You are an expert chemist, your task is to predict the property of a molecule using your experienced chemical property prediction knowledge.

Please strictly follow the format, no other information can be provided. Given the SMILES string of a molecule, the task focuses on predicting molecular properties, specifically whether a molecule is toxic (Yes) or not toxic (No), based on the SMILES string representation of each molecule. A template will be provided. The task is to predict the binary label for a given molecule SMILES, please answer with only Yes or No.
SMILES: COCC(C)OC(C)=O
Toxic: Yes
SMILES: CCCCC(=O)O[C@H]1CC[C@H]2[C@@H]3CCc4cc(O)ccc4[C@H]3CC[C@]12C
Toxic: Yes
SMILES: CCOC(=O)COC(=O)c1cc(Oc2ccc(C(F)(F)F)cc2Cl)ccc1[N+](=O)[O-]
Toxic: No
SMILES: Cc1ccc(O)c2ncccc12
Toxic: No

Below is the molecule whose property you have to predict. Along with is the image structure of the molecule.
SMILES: Nc1cc([N+](=O)[O-])ccc1C(=O)O
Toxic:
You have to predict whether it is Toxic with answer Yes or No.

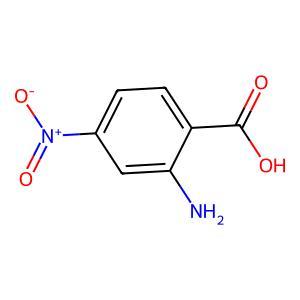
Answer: No